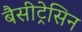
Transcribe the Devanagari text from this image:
बैसीट्रेसिन